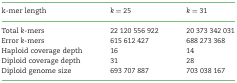
<table><thead><tr><td><b>k-mer length</b></td><td><b><i>k</i> = 25</b></td><td><b><i>k</i> = 31</b></td></tr></thead><tbody><tr><td>Total <i>k</i>-mers</td><td>22 120 556 922</td><td>20 373 342 031</td></tr><tr><td>Error <i>k</i>-mers</td><td>615 612 427</td><td>688 273 368</td></tr><tr><td>Haploid coverage depth</td><td>16</td><td>14</td></tr><tr><td>Diploid coverage depth</td><td>31</td><td>28</td></tr><tr><td>Diploid genome size</td><td>693 707 887</td><td>703 038 167</td></tr></tbody></table>